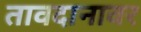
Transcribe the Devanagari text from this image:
तावदानावर